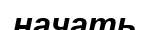
начать